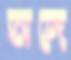
অঙ্গে